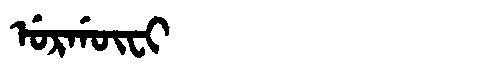
Manchu: ᡠᡵᡤᡡᠸᡳ
Romanization: URGŪFI